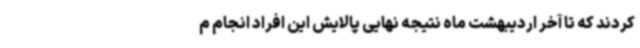
کردند که تا آخر اردیبهشت ماه نتیجه نهایی پالایش این افراد انجام م